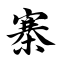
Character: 寨